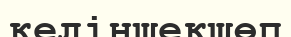
келіншекшөп